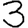
Digit: 3